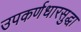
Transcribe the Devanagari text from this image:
उपकर्णधारसुद्धा